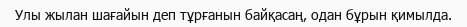
Улы жылан шағайын деп тұрғанын байқасаң, одан бұрын қимылда.